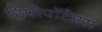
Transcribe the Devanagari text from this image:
हिपोपॉटैमस